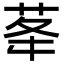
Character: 𦮔